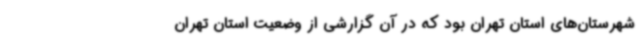
شهرستان‌های استان تهران بود که در آن گزارشی از وضعیت استان تهران